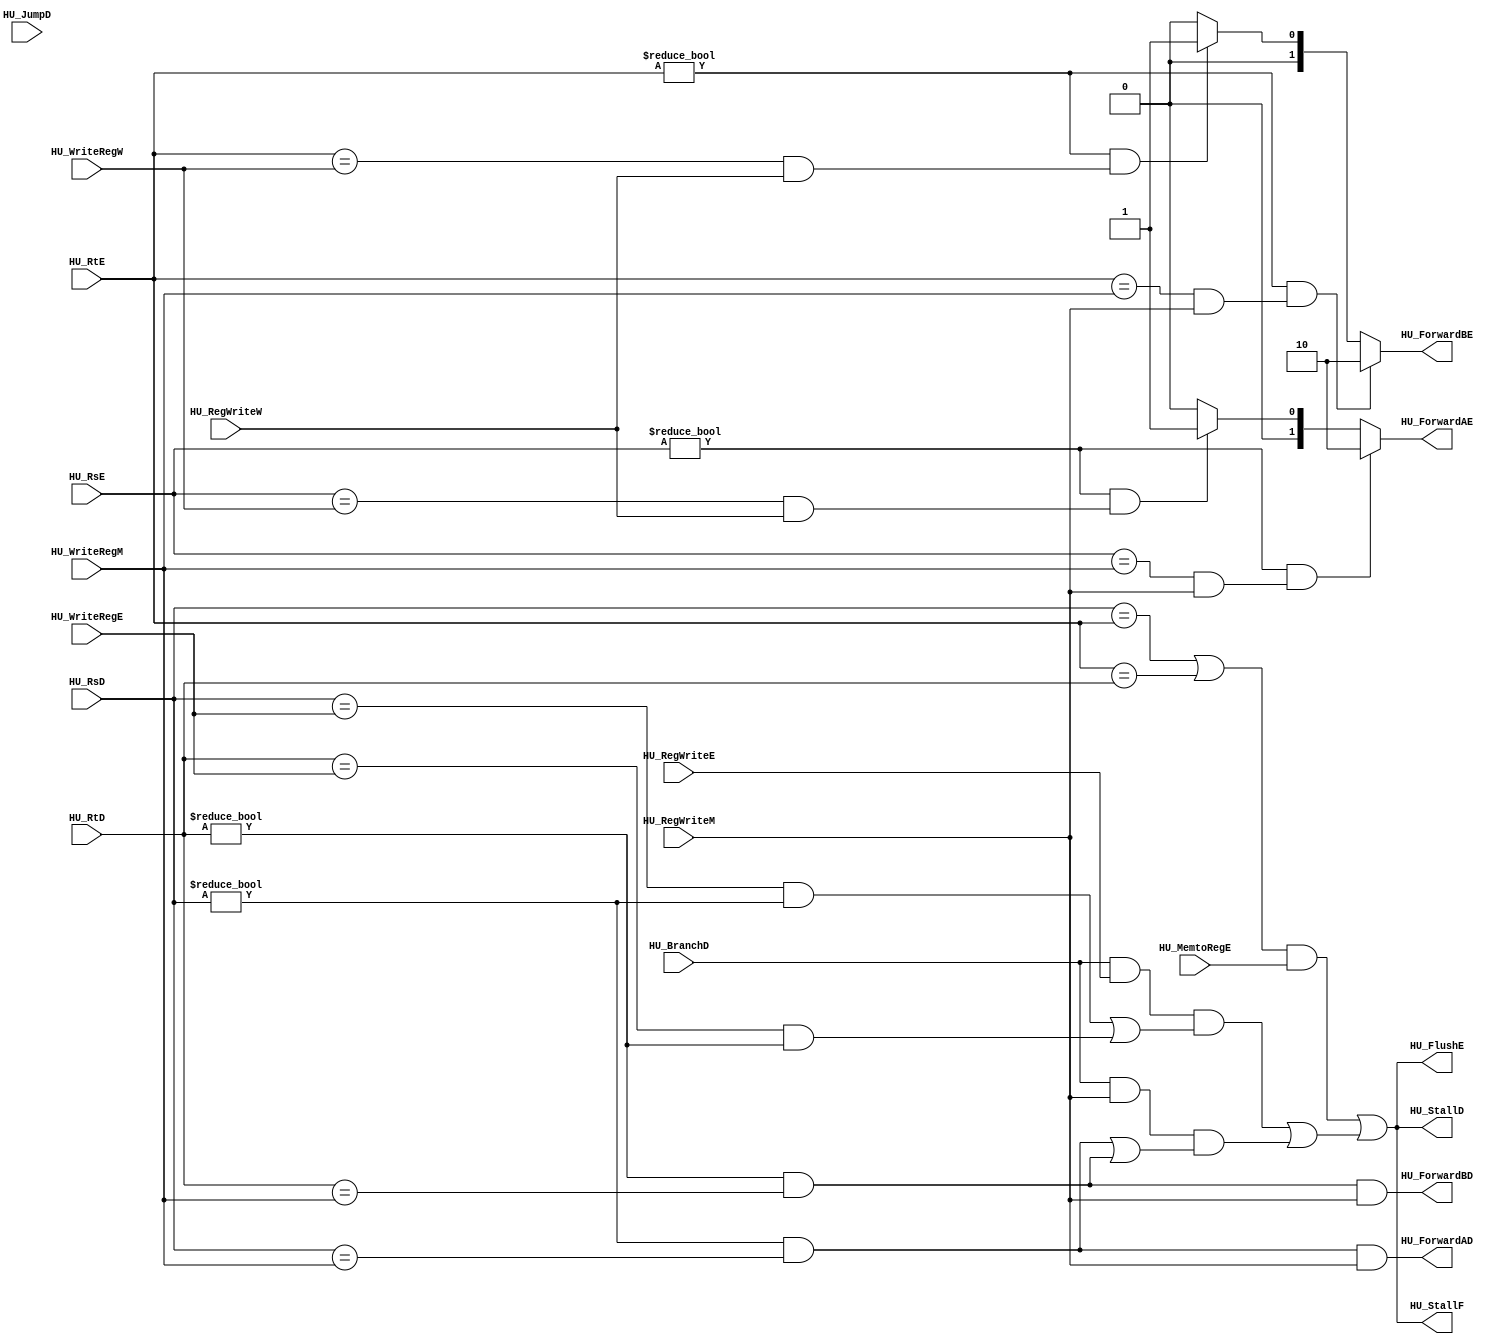
// TYPE: module
// DEPARTMENT: communication and electronics department
// AUTHOR EMAIL: mina.hannaone@gmail.com
//------------------------------------------------
// Release history
// VERSION DATE AUTHOR DESCRIPTION
// 1.0 4/9/2022 Mina Hanna final version
//------------------------------------------------
// KEYWORDS: pipeline mips, Write back instruction
//------------------------------------------------
// PURPOSE: this is the Hazrad unit to avoid data and control hazards\
///////////inputs and outputs ports declaration/////////////
module Hazard_Unit (
  input    wire             HU_BranchD,
  input    wire             HU_JumpD,
  input    wire    [4:0]    HU_RsD,
  input    wire    [4:0]    HU_RtD,
  input    wire    [4:0]    HU_RsE,
  input    wire    [4:0]    HU_RtE,
  input    wire    [4:0]    HU_WriteRegE,
  input    wire             HU_MemtoRegE,
  input    wire             HU_RegWriteE,
  input    wire    [4:0]    HU_WriteRegM,
  input    wire    [4:0]    HU_WriteRegW,
  input    wire             HU_RegWriteM,
  input    wire             HU_RegWriteW,
  output   wire             HU_StallF,
  output   wire             HU_StallD,
  output   wire             HU_ForwardAD,
  output   wire             HU_ForwardBD,
  output   wire             HU_FlushE,
  output   reg     [1:0]    HU_ForwardAE,
  output   reg     [1:0]    HU_ForwardBE
  );
  wire             lwstall;
  wire             branchstall;
  //////////////////Forwarding logic////////////////////////
  always@(*)//with rs
  begin
    if((HU_RsE !=0) && ((HU_RsE == HU_WriteRegM)&&(HU_RegWriteM)))
      begin
       HU_ForwardAE = 2'b10; 
      end
    else if((HU_RsE !=0) && ((HU_RsE == HU_WriteRegW)&&(HU_RegWriteW)))
      begin
        HU_ForwardAE = 2'b01;
      end
    else
      begin
        HU_ForwardAE = 2'b00;
      end
  end
  always@(*)//with rt
  begin
    if((HU_RtE !=0) && ((HU_RtE == HU_WriteRegM)&&(HU_RegWriteM)))
      begin
       HU_ForwardBE = 2'b10; 
      end
    else if((HU_RtE !=0) && ((HU_RtE == HU_WriteRegW)&&(HU_RegWriteW)))
      begin
        HU_ForwardBE = 2'b01;
      end
    else
      begin
        HU_ForwardBE = 2'b00;
      end
  end
  ////////////////////stalling and branch prediction logic//////////////////////////
  assign HU_ForwardAD = (HU_RsD != 0) && (HU_RsD == HU_WriteRegM) && HU_RegWriteM;
  assign HU_ForwardBD = (HU_RtD != 0) && (HU_RtD == HU_WriteRegM) && HU_RegWriteM;
  assign lwstall = ((HU_RsD == HU_RtE) || (HU_RtE == HU_RtD)) && (HU_MemtoRegE);
  assign branchstall = (HU_BranchD && HU_RegWriteE &&(((HU_RsD == HU_WriteRegE)&&(HU_RsD != 0)) || ((HU_RtD == HU_WriteRegE)&&(HU_RtD != 0)) )) || (HU_BranchD && HU_RegWriteM &&(((HU_RsD == HU_WriteRegM)&&(HU_RsD != 0)) || ((HU_RtD == HU_WriteRegM)&&(HU_RtD != 0)) ));
  assign HU_StallF =  (lwstall | branchstall);
  assign HU_StallD = lwstall | branchstall;
  assign HU_FlushE = lwstall | branchstall;
endmodule